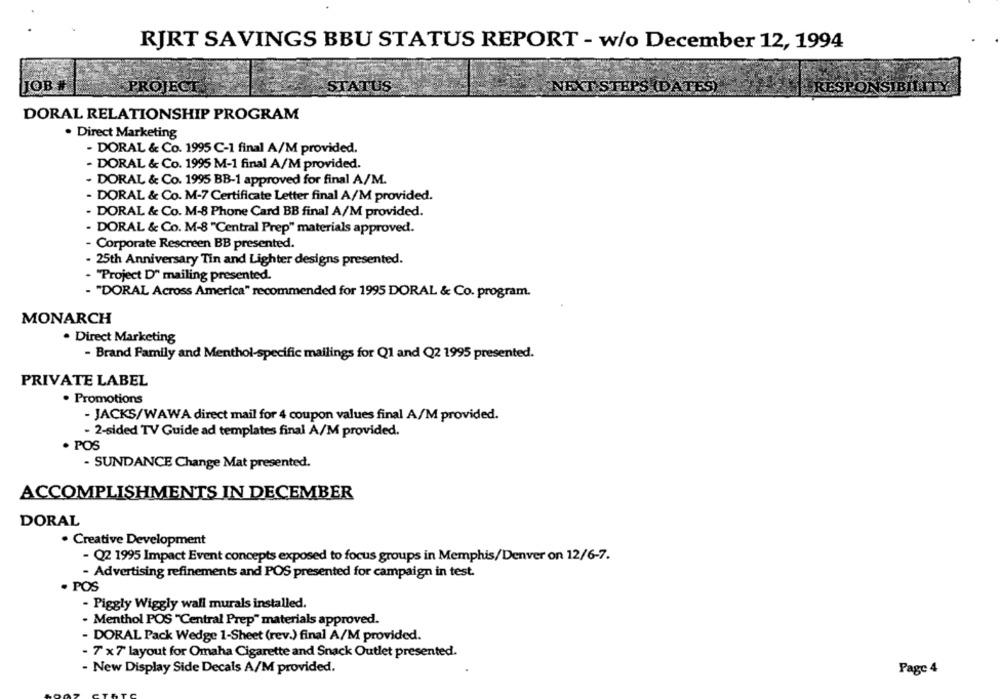
RJRT SAVINGS BBU STATUS REPORT - w/o December 12, 1994
JOB #
PROJECT
STATUS
NEXT STEPS (DATES)
RESPONSIBILITY
DORAL RELATIONSHIP PROGRAM
· Direct Marketing
- DORAL & Co. 1995 C-1 final A/M provided.
- DORAL & Co. 1995 M-1 final A/M provided.
- DORAL & Co. 1995 BB-1 approved for final A/M.
- DORAL & Co. M-7 Certificate Letter final A/M provided.
DORAL & Co. M-8 Phone Card BB final A/M provided.
- DORAL & Co. M-8 "Central Prep" materials approved.
- Corporate Rescreen BB presented.
. 25th Anniversary Tin and Lighter designs presented.
- "Project D" mailing presented.
- "DORAL Across America" recommended for 1995 DORAL & Co. program.
MONARCH
. Direct Marketing
- Brand Family and Menthol-specific mailings for Q1 and Q2 1995 presented.
PRIVATE LABEL
. Promotions
- JACKS/WAWA direct mail for 4 coupon values final A/M provided.
- 2-sided TV Guide ad templates final A/M provided.
· POS
- SUNDANCE Change Mat presented.
ACCOMPLISHMENTS IN DECEMBER
DORAL
. Creative Development
- Q2 1995 Impact Event concepts exposed to focus groups in Memphis/Denver on 12/6-7.
- Advertising refinements and POS presented for campaign in test.
· POS
- Piggly Wiggly wall murals installed.
. Menthol POS "Central Prep" materials approved.
- DORAL Pack Wedge 1-Sheet (rev.) final A/M provided.
- 7 x7' layout for Omaha Cigarette and Snack Outlet presented.
- New Display Side Decals A/M provided.
Page 4